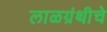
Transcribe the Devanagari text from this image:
लाळग्रंथीचे